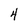
Character: 4